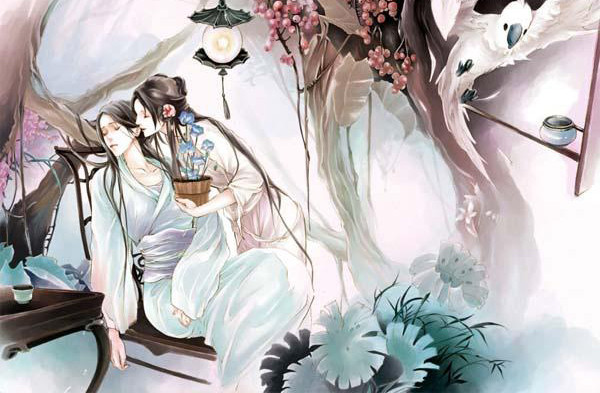
神女生涯原是梦，小姑居处本无郎。